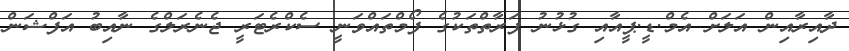
ދާއިރާއިން އަލަށް އެމް.ޑީ.ޕީއާއި ގުޅުނު ފަރާތްތަކުގެ ފޯމްތައްވަނީ ސެކްރެޓަރީ ޖެނެރަލްގެ ނާއިބު އަފްޝަން